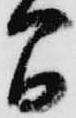
間